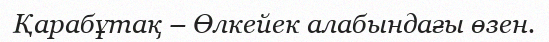
Қарабұтақ – Өлкейек алабындағы өзен.